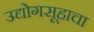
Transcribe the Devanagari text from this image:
उद्योगसूहाचा